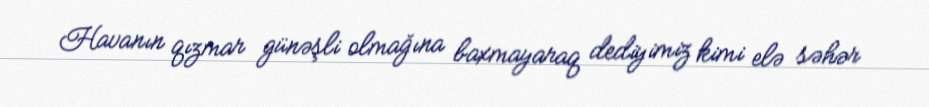
Havanın qızmar günəşli olmağına baxmayaraq dediyimiz kimi elə səhər